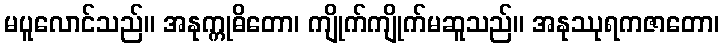
မပူလောင်သည်။ အနုက္ကုဓိတော၊ ကျိုက်ကျိုက်မဆူသည်။ အနုဿုရကဇာတော၊